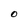
Character: 0